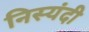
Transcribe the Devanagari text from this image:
निस्यंदी